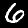
Label: 6